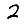
Digit: 2